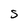
Character: S